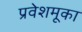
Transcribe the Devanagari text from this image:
प्रवेशमूका